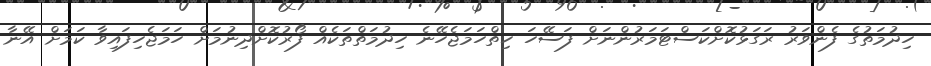
ހިދުމަތުގެ ފެންވަރު ރަގަޅުކޮށްކަސްޓަމަރުންނަށް ފަސޭހަ ހިތްހަމަޖެހޭނެ ހިދުމަތްތަކެއް ފޯރުކޮށްދިނުމަށް ހަމަޖެހިފައިވާ ކަމަށް އޭނާ